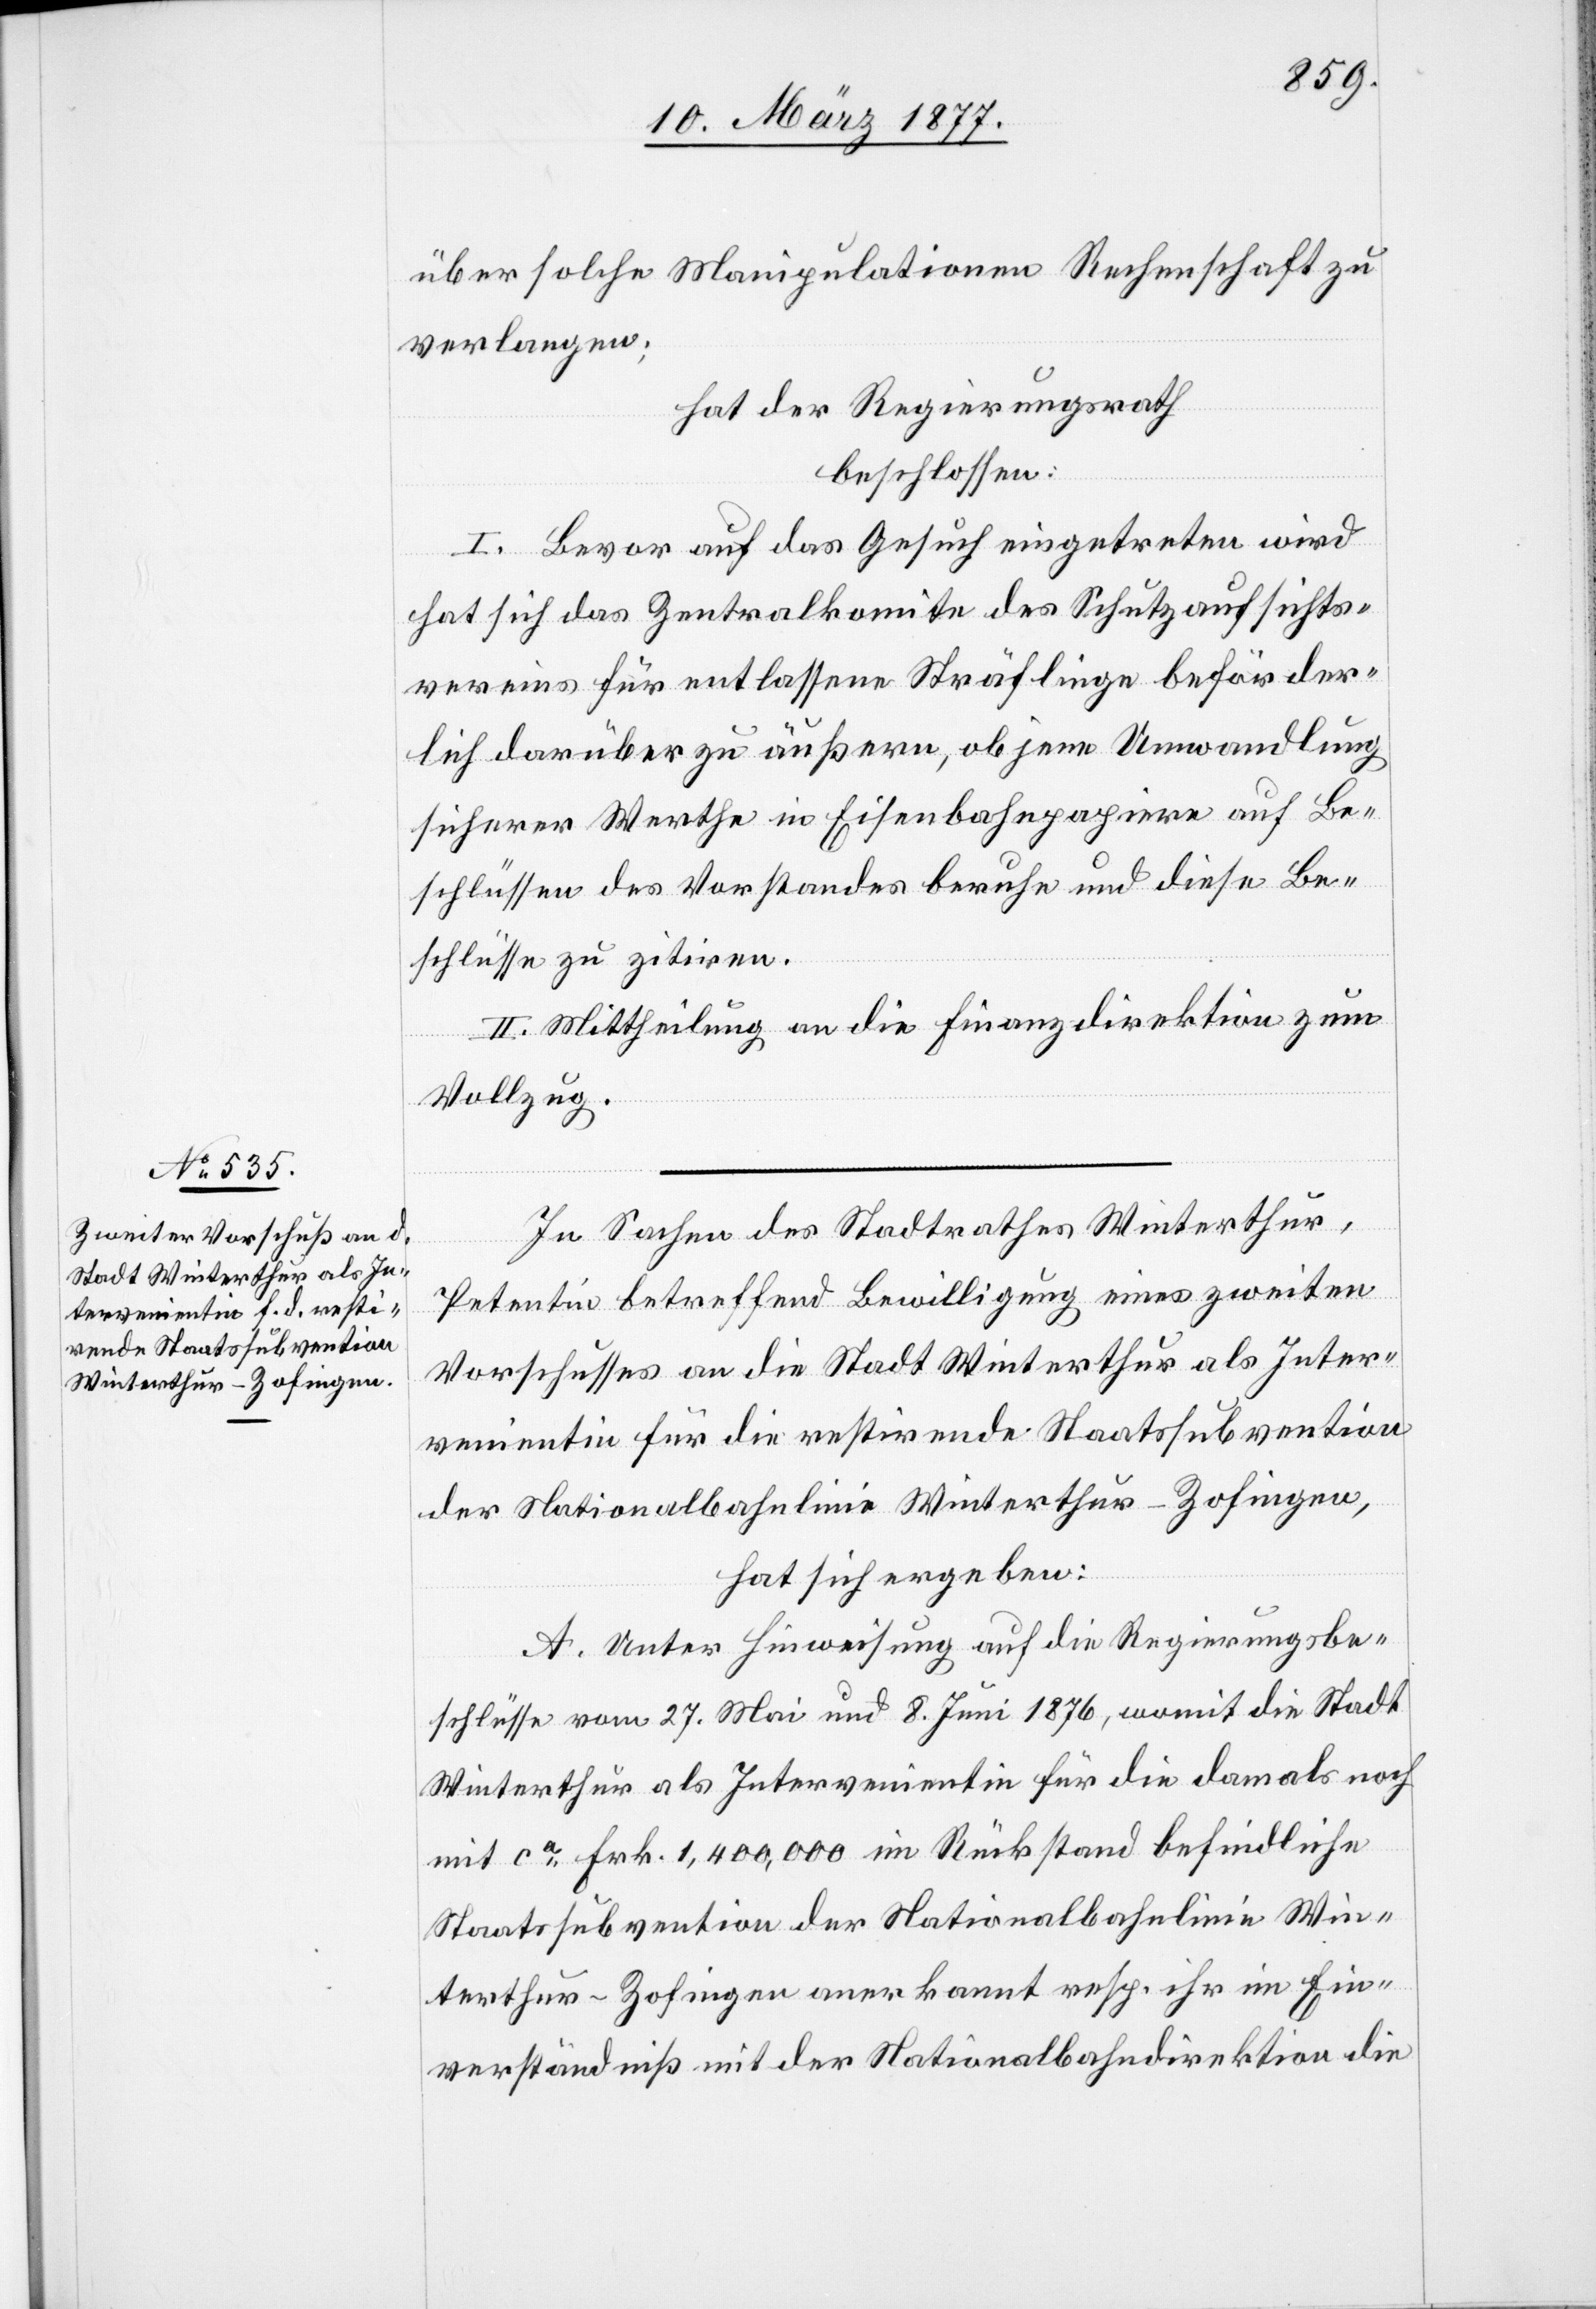
über solche Manipulationen Rechenschaft zu
verlangen;
hat der Regierungsrath
beschlossen:
I. Bevor auf das Gesuch eingetreten wird
hat sich das Zentralkomite des Schutzaufsichts¬
vereins für entlassene Sträflinge beförder¬
lich darüber zu äußern, ob jene Umwandlung
sicherer Werthe in Eisenbahnpapiere auf Be¬
schlüssen des Vorstandes beruhe und diese Be¬
schlüsse zu zitiren.
II. Mittheilung an die Finanzdirektion zum
Vollzug.
In Sachen des Stadtrathes Winterthur,
Petentin betreffend Bewilligung eines zweiten
Vorschusses an die Stadt Winterthur als Inter¬
venientin für die restirende Staatssubvention
der Nationalbahnlinie Winterthur–Zofingen,
hat sich ergeben:
A. Unter Hinweisung auf die Regierungsbe¬
schlüsse vom 27. Mai und 8. Juni 1876, womit die Stadt
Winterthur als Intervenientin für die damals noch
mit ca Frk. 1,400,000 im Rückstand befindliche
Staatssubvention der Nationalbahnlinie Win¬
terthur–Zofingen anerkannt resp. ihr im Ein¬
verständniß mit der Nationalbahndirektion die